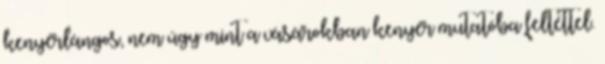
kenyérlángos, nem úgy mint a vásárokban kenyér mutatóba feltéttel.